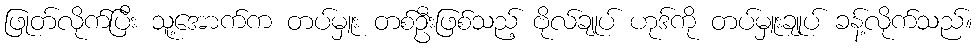
ဖြုတ်လိုက်ပြီး သူ့အောက်က တပ်မှူး တစ်ဦးဖြစ်သည့် ဗိုလ်ချုပ် ဟုဒ်ကို တပ်မှူးချုပ် ခန့်လိုက်သည်။